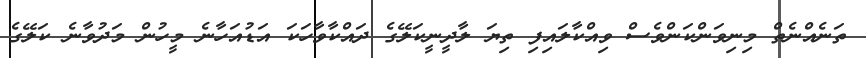
ތަނެއްނެތް މިނިވަންކަންވެސް ވިއްކާލައިފި ތިޔަ ލާދީނީކަލޭގެ ދައްކާވާހަކަ އަޑުއަހާނެ މީހުން މަދުވާނެ ކަލޭގެ